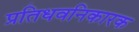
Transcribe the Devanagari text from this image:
प्रतिधवनिकारक